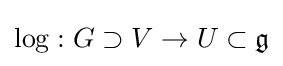
\log :G\supset V\rightarrow U\subset {\mathfrak {g}}